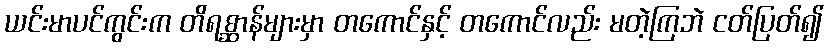
ယင်းမာပင်ကွင်းက တိရစ္ဆာန်များမှာ တကောင်နှင့် တကောင်လည်း မတဲ့ကြဘဲ ငတ်ပြတ်၍